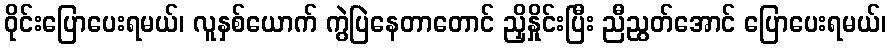
ဝိုင်းပြောပေးရမယ်၊ လူနှစ်ယောက် ကွဲပြဲနေတာတောင် ညှိနှိုင်းပြီး ညီညွတ်အောင် ပြောပေးရမယ်၊